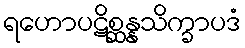
ရဟောပဋိစ္ဆန္နသိက္ခာပဒံ